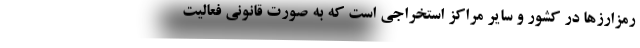
رمزارزها در کشور و سایر مراکز استخراجی است که به صورت قانونی فعالیت